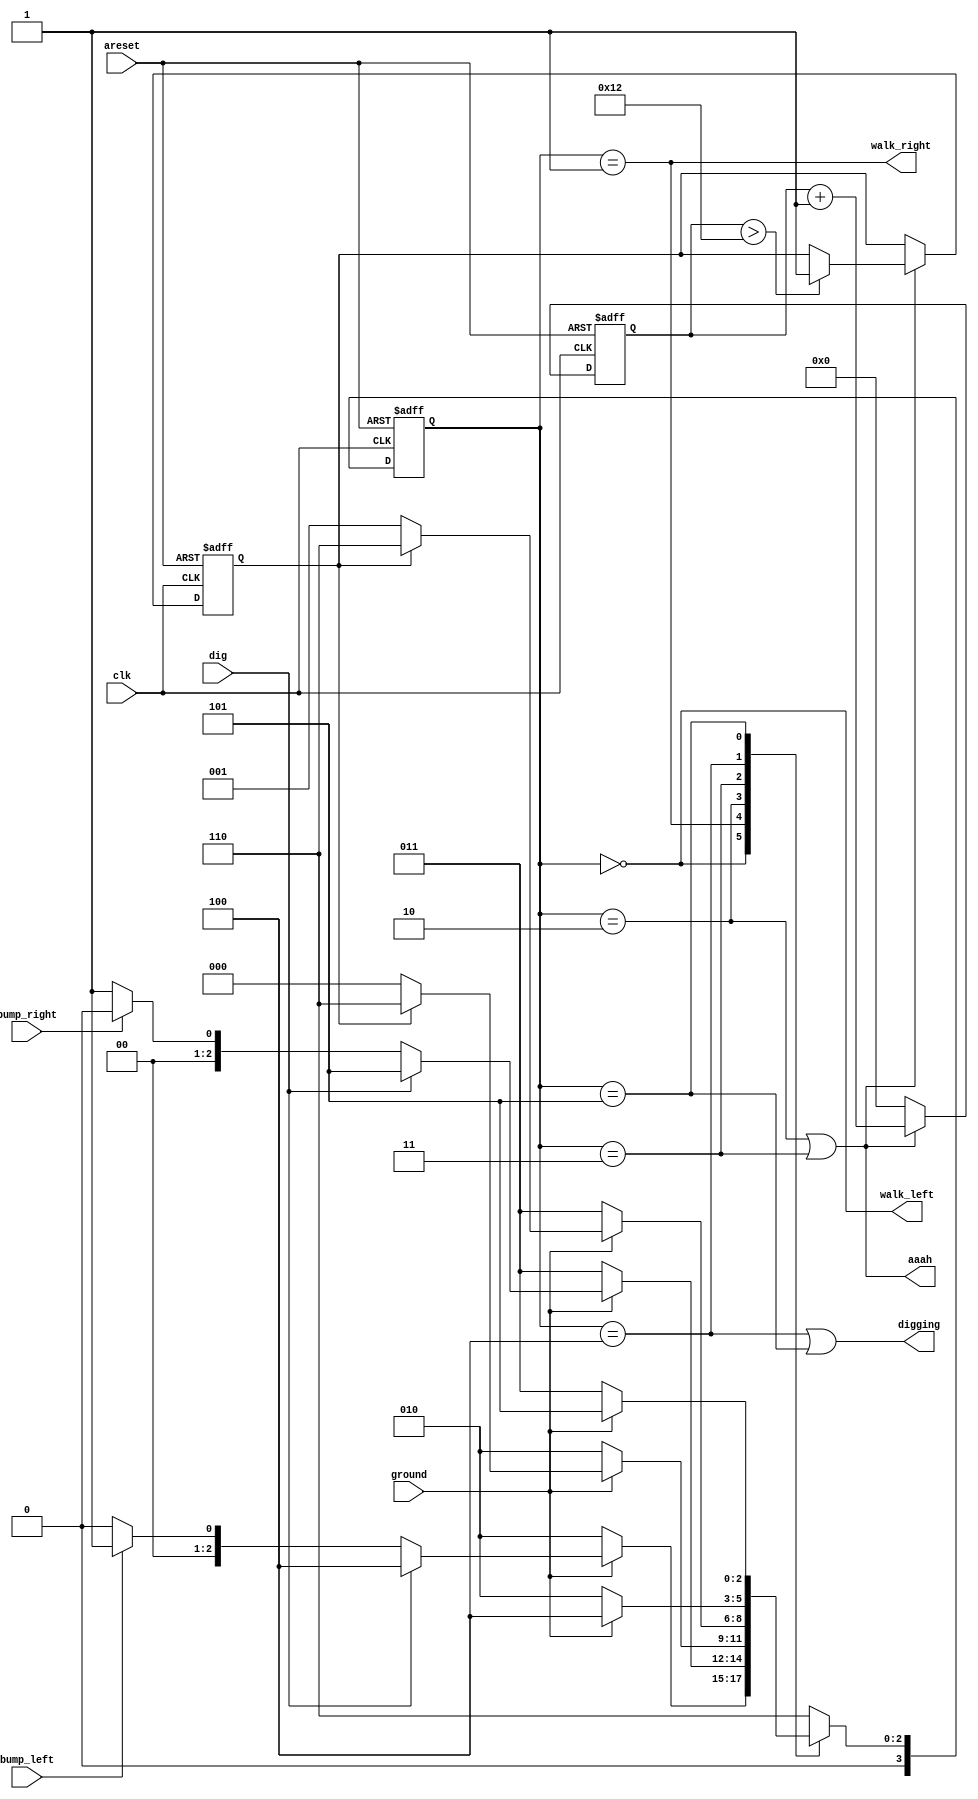
module top_module(
    input clk,
    input areset,    // Freshly brainwashed Lemmings walk left.
    input bump_left,
    input bump_right,
    input ground,
    input dig,
    output walk_left,
    output walk_right,
    output aaah,
    output digging ); 
    
      parameter LEFT=0, RIGHT=1, FALL_L=2, FALL_R=3, DIG_L=4, DIG_R=5, SPLAT=6; 
    reg [3:0]state, next_state;
    reg [5:0] counter;
    reg flag;

    always @(*) begin
        // State transition logic
       
        case(state)
            LEFT: next_state = ground? ( dig? DIG_L:  (  (bump_left)? RIGHT: LEFT  )   ) : FALL_L;
            RIGHT: next_state = ground? ( dig? DIG_R:  (  (bump_right)? LEFT: RIGHT  )   ) : FALL_R;
            FALL_L: next_state = ground? (  flag? SPLAT : LEFT ) : FALL_L;
            FALL_R: next_state = ground? ( flag? SPLAT : RIGHT ) : FALL_R;
            DIG_L: next_state = ground? DIG_L : FALL_L;
            DIG_R: next_state = ground? DIG_R : FALL_R;
            //SPLAT_PRE: next_state = ground? SPLAT : SPLAT_PRE;
            default: next_state = SPLAT;
            // keep an eye on the priority of states
        endcase
       
    end

    always @(posedge clk, posedge areset) begin
        // State flip-flops with asynchronous reset
        if(areset) begin
            state <= LEFT;
            counter <= 0;
            flag <= 0;
        end
        else begin
            
            
            if(aaah == 1) begin
                counter <= counter + 1;
                if(counter > 18) flag <= 1;
            end
            else counter <= 0;
            state <= next_state;
            
        end 
    end

    // Output logic
    assign walk_left = (state == LEFT);
    assign walk_right = (state == RIGHT);
    assign aaah = (state == FALL_L | state == FALL_R) ;
    assign digging = (state == DIG_L | state == DIG_R);

endmodule